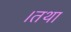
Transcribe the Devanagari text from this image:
।तथा